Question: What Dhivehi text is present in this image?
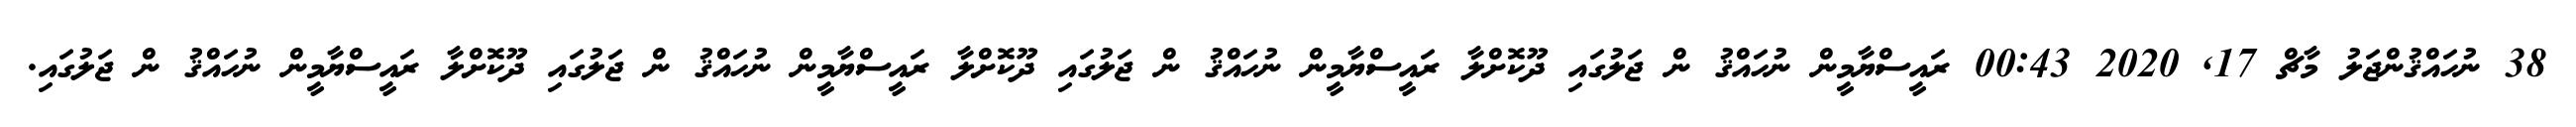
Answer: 38 ނުހައްޤުންޖަލު މާޗް 17, 2020 00:43 ރައީސްޔާމީން ނުހައްޤު ން ޖަލުގައި ދޫކޮށްލާ ރައީސްޔާމީން ނުހައްޤު ން ޖަލުގައި ދޫކޮށްލާ ރައީސްޔާމީން ނުހައްޤު ން ޖަލުގައި ދޫކޮށްލާ ރައީސްޔާމީން ނުހައްޤު ން ޖަލުގައި.